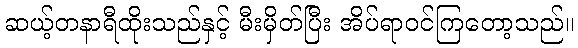
ဆယ့်တနာရီထိုးသည်နှင့် မီးမှိတ်ပြီး အိပ်ရာဝင်ကြတော့သည်။